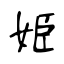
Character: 姫